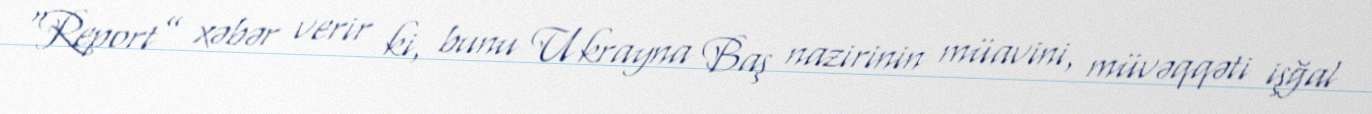
“Report” xəbər verir ki, bunu Ukrayna Baş nazirinin müavini, müvəqqəti işğal